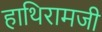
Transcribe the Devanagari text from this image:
हाथिरामजी